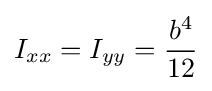
I_{xx}=I_{yy}={\frac {b^{4}}{12}}